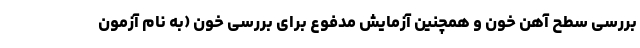
بررسی سطح آهن خون و همچنین آزمایش مدفوع برای بررسی خون (به نام آزمون